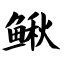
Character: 鳅